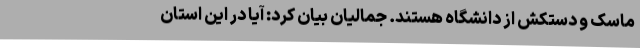
ماسک و دستکش از دانشگاه هستند. جمالیان بیان کرد: آیا در این استان